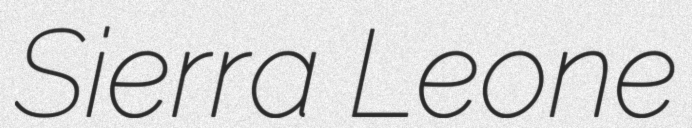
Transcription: Sierra Leone